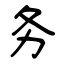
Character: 务